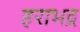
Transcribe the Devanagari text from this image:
हराभद्र